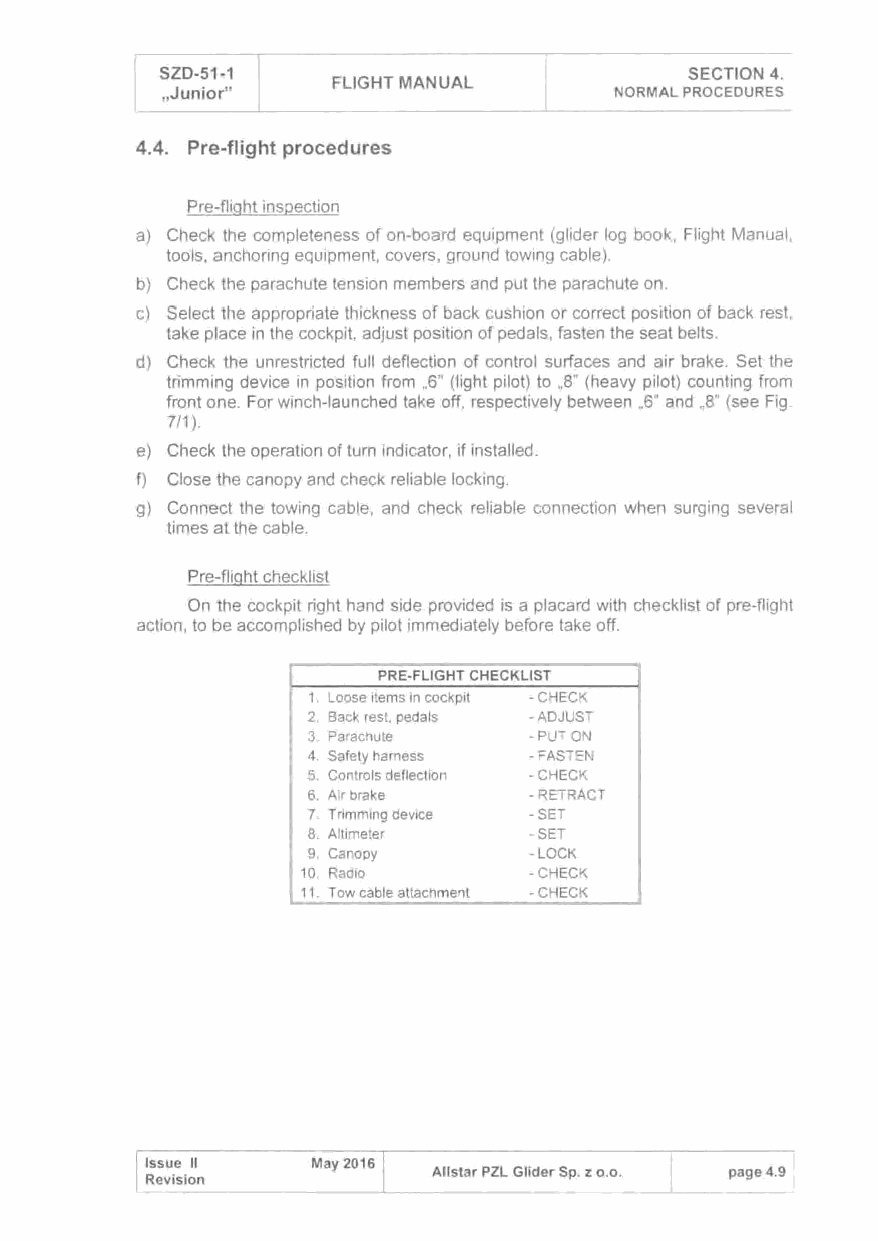
SZD-51-1                           SECTION 4.
 FLIGHT MANUAL
 ,Junior"                      NORMAL PROCEDURES
 4.4. Pre-flight procedures
 Pre-flight inspection
 a) Check the completeness of on-board equipment (glider log book, Flight Manual,
 tools, anchoring equipment, covers, ground towing cable).
 b) Check the parachute tension members and put the parachute on.
 c) Select the appropriate thickness of back cushion or correct position of back rest,
 take place in the cockpit, adjust position of pedals, fasten the seat belts.
 d) Check the unrestricted full deflection of control surfaces and air brake. Set the
 trimming device in position from ,6" (light pilot) to ,8" (heavy pilot) counting from
 front one. For winch-launched take off, respectively between ,6" and ,8" (see Fig.
 7/1 ).
 e) Check the operation of turn indicator, if installed.
 f) Close the canopy and check reliable locking.
 g) Connect the towing cable, and check reliable connection when surging several
 times at the cable.
 Pre-flight checklist
 On the cockpit right hand side provided is a placard with checklist of pre-flight
 action, to be accomplished by pilot immediately before take off.
 PRE-FLIGHT CHECKLIST
 1. Loose items in cockpit -CHECK
 2. Back rest. pedals -ADJUST
 3. Parachute  -PUT ON
 4. Safety harness -FASTEN
 5. Controls deflection -CHECK
 6. Air brake  -RETRACT
 7. Trimming device -SET
 8. Altimeter  -SET
 9. Canopy     -LOCK
 10. Radio      -CHECK
 11. Tow cable attachment -CHECK
 Issue 11   May 2016
 Allstar PZL Glider Sp. z o.o. page 4.9
 Revision